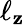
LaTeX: \ell_{\mathbf{z}}